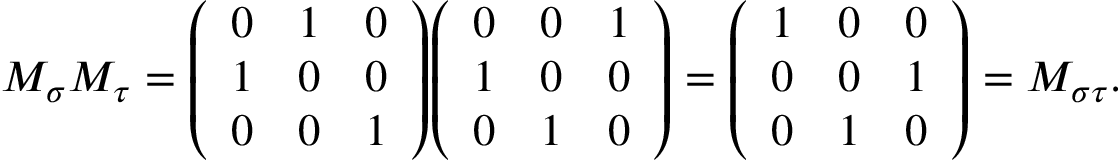
M _ { \sigma } M _ { \tau } = { \left( \begin{array} { l l l } { 0 } & { 1 } & { 0 } \\ { 1 } & { 0 } & { 0 } \\ { 0 } & { 0 } & { 1 } \end{array} \right) } { \left( \begin{array} { l l l } { 0 } & { 0 } & { 1 } \\ { 1 } & { 0 } & { 0 } \\ { 0 } & { 1 } & { 0 } \end{array} \right) } = { \left( \begin{array} { l l l } { 1 } & { 0 } & { 0 } \\ { 0 } & { 0 } & { 1 } \\ { 0 } & { 1 } & { 0 } \end{array} \right) } = M _ { \sigma \tau } .